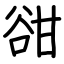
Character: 𧮳